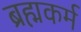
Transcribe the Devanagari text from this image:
ब्रह्मकर्म